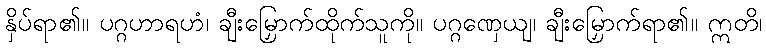
နှိပ်ရာ၏။ ပဂ္ဂဟာရဟံ၊ ချီးမြှောက်ထိုက်သူကို။ ပဂ္ဂဏှေယျ၊ ချီးမြှောက်ရာ၏။ ဣတိ၊